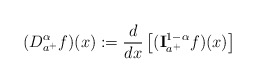
\begin{align*} (D _{a^+}^{\alpha} f)(x):= \frac{d}{dx} \left[ ({\bf I}_{a^+}^{1-\alpha} f)(x)\right]\end{align*}